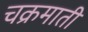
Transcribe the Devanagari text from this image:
चक्रमाती